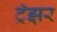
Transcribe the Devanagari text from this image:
ट्रॅझ़र